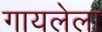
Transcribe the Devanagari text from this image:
गायलेला